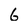
Character: 6